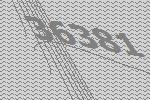
36381